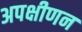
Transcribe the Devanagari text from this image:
अपक्षीणन